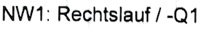
Text: NW1: Rechtslauf / -Q1